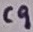
Text: C9